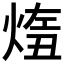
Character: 𤋨